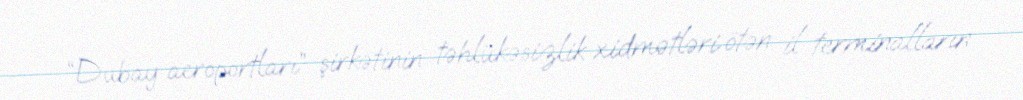
“Dubay aeroportları” şirkətinin təhlükəsizlik xidmətləri ötən il terminalların